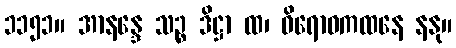
၁၁၅၁။ အာနန္ဒေ သဉ္စ ဒိဋ္ဌာ ထ၊ ဝိရောဓကထနေ နနု။